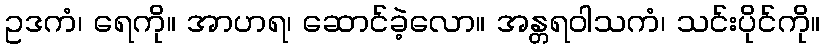
ဥဒကံ၊ ရေကို။ အာဟရ၊ ဆောင်ခဲ့လော။ အန္တရဝါသကံ၊ သင်းပိုင်ကို။